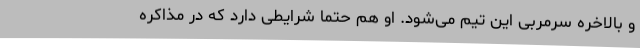
و بالاخره سرمربی این تیم می‌شود. او هم حتما شرایطی دارد که در مذاکره